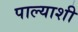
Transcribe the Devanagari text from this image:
पाल्याशी